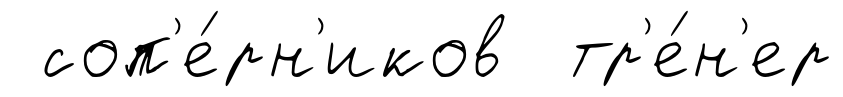
соп'е́рн'иков тр'е́н'ер